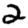
Digit: 2